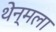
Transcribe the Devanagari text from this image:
थेन्मला